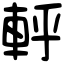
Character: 軤